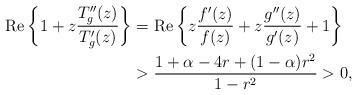
LaTeX: \begin{align*} {\rm Re}\left\{1+z\frac{T_g''(z)}{T_g'(z)}\right\} &={\rm Re}\left\{z\frac{f'(z)}{f(z)}+z\frac{g''(z)}{g'(z)}+1\right\}\\ &>\frac{1+\alpha-4 r+(1-\alpha)r^2}{1-r^2}>0, \end{align*}